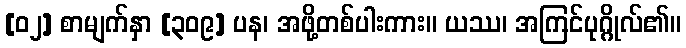
[၀၂] စာမျက်နှာ [၃၀၉] ပန၊ အဖို့တစ်ပါးကား။ ယဿ၊ အကြင်ပုဂ္ဂိုလ်၏။